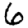
Digit: 6